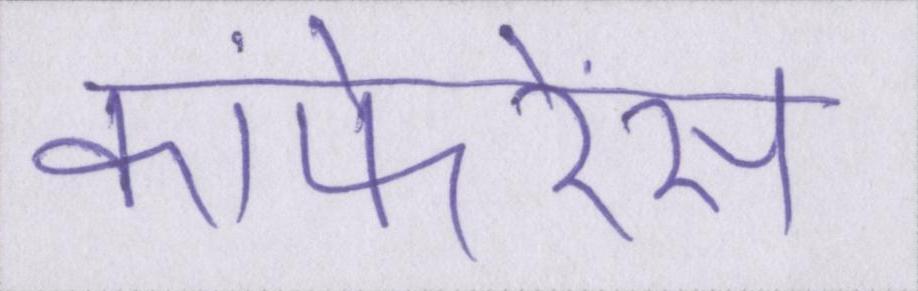
कांफेरेंस